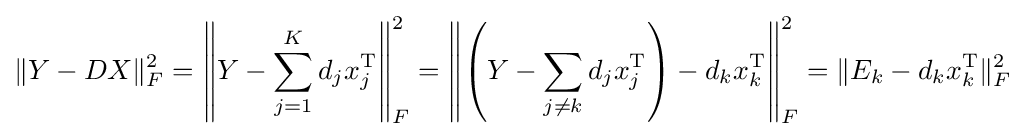
\|Y-DX\|_{F}^{2}=\left\|Y-\sum _{j=1}^{K}d_{j}x_{j}^{\text{T}}\right\|_{F}^{2}=\left\|\left(Y-\sum _{j\neq k}d_{j}x_{j}^{\text{T}}\right)-d_{k}x_{k}^{\text{T}}\right\|_{F}^{2}=\|E_{k}-d_{k}x_{k}^{\text{T}}\|_{F}^{2}